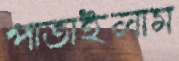
পাতাইলাম